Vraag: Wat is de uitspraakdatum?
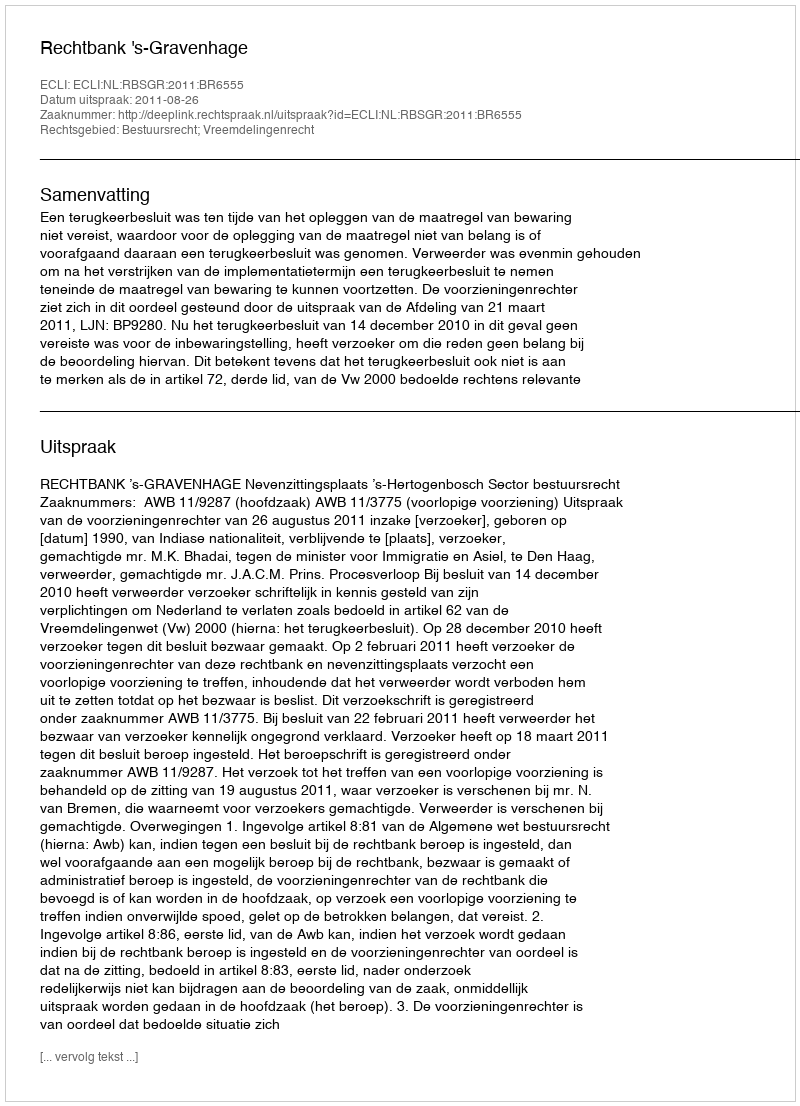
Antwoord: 2011-08-26